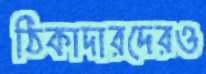
ঠিকাদারদেরও